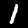
Label: 1